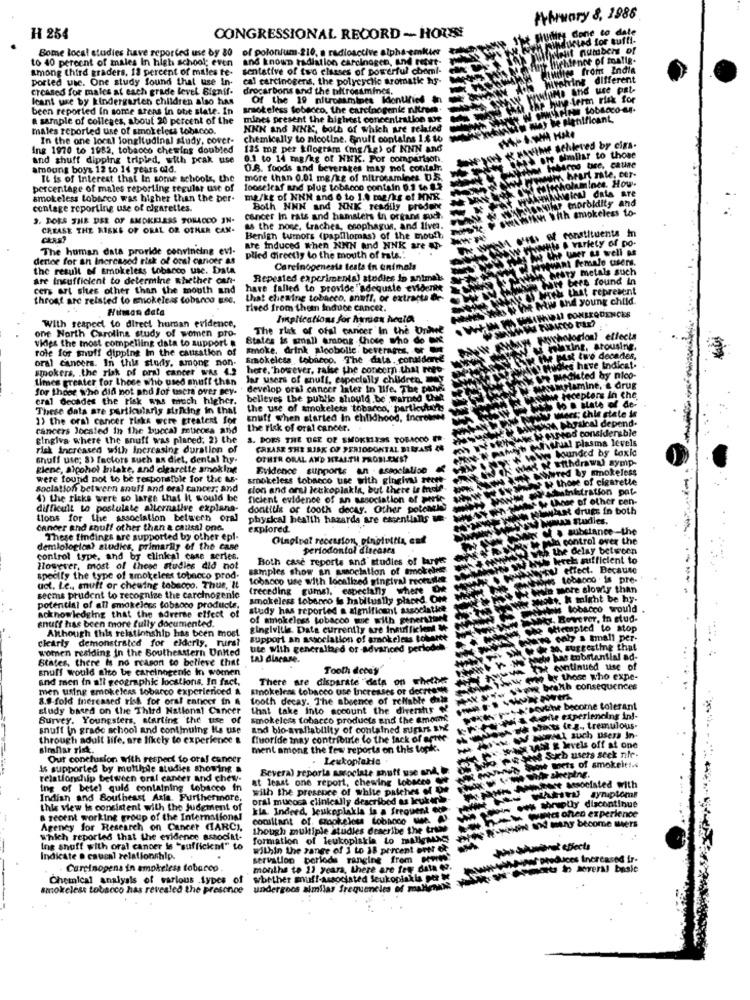
Wiruary 8, 1988
H 254
CONGRESSIONAL RECORD - HOUSE
Milits Gone to date
Hurted for tutti-
Bome locat studies have reported use by 80
of polonium-210, a radioactive alpha-emilie
to 40 percent of males In high school; even
and known radiation carcinogen, And repet-
among third graders, 13 percent of males te-
sentative of two classes of powerful chemi-
willen from India
ported uic. One study found that use in-
cal carcinogens, the polycyclic aromati hs-
proline different
creased for males at each grade level Signif.
drocarbons and the tiltrossmincs.
IMe And use pat-
leant use by kindergarten children also has
Of the 19 nitrosmines Idonuries in
erm risk for
been reported in some areas in the slate. In smokeless tobacco, the carcinogenic nitree.
a sample of colleges, about 20 percent of the mines present the highest concentration ait
mines present the highest concentration are
e Blehilficant,
males reported use of smokeless tobacoo.
NNN and NNK, both of which are related
In the one local longitudinal study, cover-
chemically to nicotine. Snuff contains 1.8 to
Ing 1970 to 1982, tobacco chewins doubled 135 mg per kilogram (mg/kg) of NNN and
sehileved by ciga-
and shuff dipping tripled, with prak use
0.1 to 14 mg/kg of NNK. For comparison.
umllar to those
amoung boys 12 to 14 years old.
O.S. foods and beverages may not contelr.
brno the, catiae
heart rate, cer-
It is of Interest that In some schools, the
more than 0.01 mg/kg of nitrosamines U.S.
holamince. How.
percentage of males reporting regular use of
looseleaf and plug tobacco contain 0.2 le 8.2
smokeless Lobseco was higher than the ber-
mg/kg of NNN and 6 to 1.4 me/ks of MNX
morol
contage reporting use of cigarettes.
Both NNN and NNK readily predore
3. DOES THE USE OF SMOKELESS TORLOCO IN-
cancer In rats and hamsters in orkans goch
CREASE THE RISKS OF ORAL OR OTHER CAN-
as the nose, Lraches, esophagus, and lives.
constituents m
Benign tumors (papillomas) of the mouth
. variety of po-
The human data provide convincing evi-
are Induced when NNN and NNK are AP-
wer as well as
dertoe for an Increased risk of oral cancer as
plied directly to the mouth of rats."
int female users.
the result of smokeless tobacco use. Data
Carcinogenesis testa in animals
ary metals such
are Insufficient to determine whether cant-
Repeated experiments) stodles in animals
bere found in
cers art sites other than the mouth and
hare falled to provide "'adequate evidente
& that represent
throat arc related to smokeless tobucco Esc.
that chewing tobacco, snuff, or extracta De-
and young child
. Human data
ried from thetn induce cancer.
Sinplications for Amen heald
one North Carolina study of women pro-
With respect to direct human evidence.
The risk of oral cancer In the Unhet
viles the most compelling data to support &
States is small among those who do bie
ellecta
role for muff dipping In the causation of
smoke. drink aloobolic. beverages, or
tousing.
oral cancers. In this study, among non-
Smokeicss tobacco. The data. conadene
decades,
smokers, . the risk of oral cancer was 4.2 here. however, raise the concern that repo-
Indicat.
Limes greater for those who used snuff than
Jar users of snuff, especially children.
by nico-
for those who did not ahd fof user over ney-
develop oral cancer later in life. The prove
& drug
In the
cral decades the risk was much higher.
belleves the public should be warned that
These data are particularis striking in tha!
the use of smokeless tobacco, partkutat
1) the oral cancer Fiske were greatest for
snuff when started in childhood, tricrohn
physical depend.
cancers located In the buccal murces and
the risk of oral cancer.
read considerable
gingiva Where the snuff was placed. 2) the
3. DOES THE USE OF SMOKELESS TOBACCO IR-
Tual plasma levels
risk increased with increasing duration of
CASASR THE RISK OF PERIODONTAL DIMASS 4
Sounded by taxie
shuff use; 8> factors such as diet, dental hy.
OTHER ORAL AND HEALTH PROBLEMS?
symp-
Elene, alcohol Intake, and cigarette smoking
Evidence supports an - association
red by smokeless
were found not to be responsible for the As-
smokeless tobacco use with gingini recte
those of cigarette
Soclation between snuff and oral cancer, and
cion and arsi letkoplakin, but there is inoif
winitration pat-
4) the risks were so large that It would be
ficient evidence of an association of perte
hoe of other con-
difficult to postulate alternative explana-
dontilik or tooth decay. Other poleMis
ant drugs in both
tions for the association between oral
physical health hazards are essentialis te
cancer and snulf other than a causal one.
explored
substance -the
These findings are supported by other epl-
Oingivet recession, pingivitis ent
a control over the
demlological studies, primarily of the case
periodontal diseases
the delay between
control type, and by clinical case series.
Both case reports and' studies of larghe
beret sufficient to
However, most of these studies did not
samples show an amociation of smokelett
effect. Because
specify the type of smokelees tobacco prod.
tobacco use with localized gingival recttilet
toba000 . is pre-
uct. Le ., muff or chewing tobacco. Thus, It
(receding cuma), especially
where OR
more slowly than
secms prudent to recognize the carcinogenic
smokeless tobacco la habitually placed. Off
. k might be hy.
potential of all smokeless tobacco products,
study has reported a significant associatie
is tobacco would
.
acknowledging that the adverse effect of
snuff has been more fully documented.
of smokeless tobacco we with generstunt
Roverer, In stud-
Although this relationship has been most
gingivitis. Data currently are insizifiches W
tempted to stop
clearly demonstrated for elderly. rurs?
support an association of smokeless tokarte
women residing In the Southeastern United
ute with generalbed of advanced perlodeh-
States, there is no reason to believe that
snuff would also be carcinogenic In women
Tooth decay
He continued use of
and men in all geographic locations, In fact,
There are disparate "data
Jow oves ky those who expe-
men using smokeless tobacco experierioed &
Smokeless tobacco use Increases or decrtesis
wow weekth consequences
8.8-fold thereased risk for oral caticer in A
tooth decay. The absence of reliable chain
study based on the Third National Cancer
that take Into account the diverstur$
'Bevthe become tolerant
tolerant
Survey. Youngsters, starting the use of
smokeless tobacco products and the emomit
kotle experiencing in !-
snuff in grade school and continuing Hla use
and bio-availability of contained sugars En
le ptosts (e.g ., tremulous-
NORMAL such Users In-
through adult life, are likely to experience &
fluoride may contribute to the lack of artte
similar risk.
ment among the few reports on this topk.
TER & levels off at one
Seth users seck nie
Our conclusion with respect to oral cancer
Leukoptakie
Is supported by multiple studies showing a
Bevera) reports associate shuff use and.
Wets of smokeit !..
relationship between oral cancer and chewy-
at least one report, chewing Lobares Che
har sheeping.
Amort Associated with
Ing of betel quid containing tobacco in
with the presence of white patches ~ De
symptoms
Indian and Southeast Asia. Furthermore,
oral mucosa clinically described as leuk ini-
yes thruply discontinue
this view is consistent with the Judgment of
kla Indeed, Jeukoplakla la a frequent od
winte onen experience
lence
a recent working group of the International
conillant of. cook.gloss tobacco de. A.
Mers
Agency for Research on Cancer (TARCI,
though multiple studies describe the trime
Which reported that the evidence associat-
formation of leukoplakla to malignos
Ing shuff with oral cancer is "sufficient" to
within the range of 1 to 18 percent ever of
effects
Indicate o caucal relationship.
servation periods ranging from porto:
uces Increased ir-
Carcinogens in smokeless tobacco
months to 12 years, there are fry data
In several basic
Chemical analysis of various types of
whether muff-associated leukopiskla per M
smokeless tobacco has revealed the presence
undergoos similas frequencies of malienne